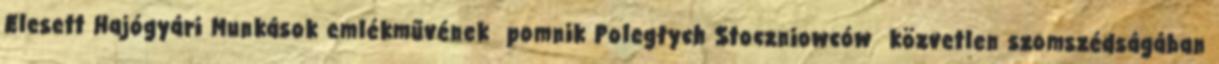
Elesett Hajógyári Munkások emlékművének pomnik Poległych Stoczniowców közvetlen szomszédságában